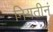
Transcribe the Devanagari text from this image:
नियतीनं